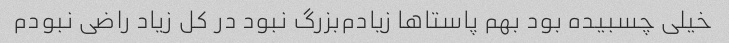
خیلی چسبیده بود بهم پاستاها زیادم‌بزرگ‌ نبود در کل زیاد راضی نبودم